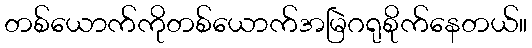
တစ်ယောက်ကိုတစ်ယောက်အမြဲဂရုစိုက်နေတယ်။